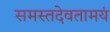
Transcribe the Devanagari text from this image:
समस्तदेवतामयं